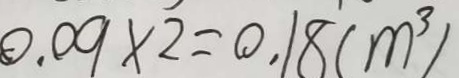
0 . 0 9 \times 2 = 0 . 1 8 ( m ^ { 3 } )